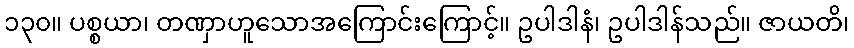
၁၃၀။ ပစ္စယာ၊ တဏှာဟူသောအကြောင်းကြောင့်။ ဥပါဒါနံ၊ ဥပါဒါန်သည်။ ဇာယတိ၊